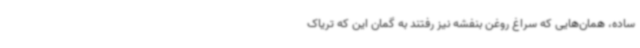
ساده، همان‌هایی که سراغ روغن بنفشه نیز رفتند به گمان این که تریاک